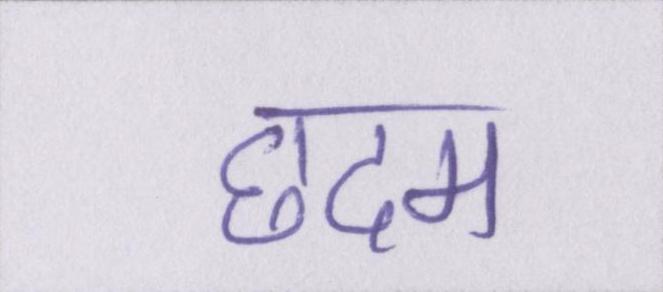
छदम